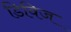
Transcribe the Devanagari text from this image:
डिविज